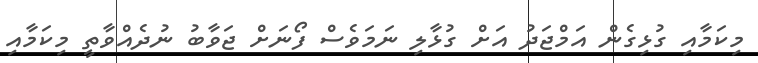
މިކަމާއި ގުޅިގެން އަމްޖަދު އަށް ގުޅާލި ނަމަވެސް ފޯނަށް ޖަވާބު ނުދެއްވާތީ މިކަމާއި